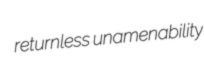
returnless unamenability